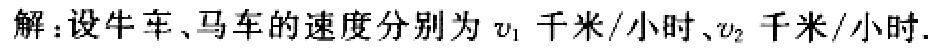
解：设牛车、马车的速度分别为\(v_{1}\)千米/小时、\(v_{2}\)千米/小时.